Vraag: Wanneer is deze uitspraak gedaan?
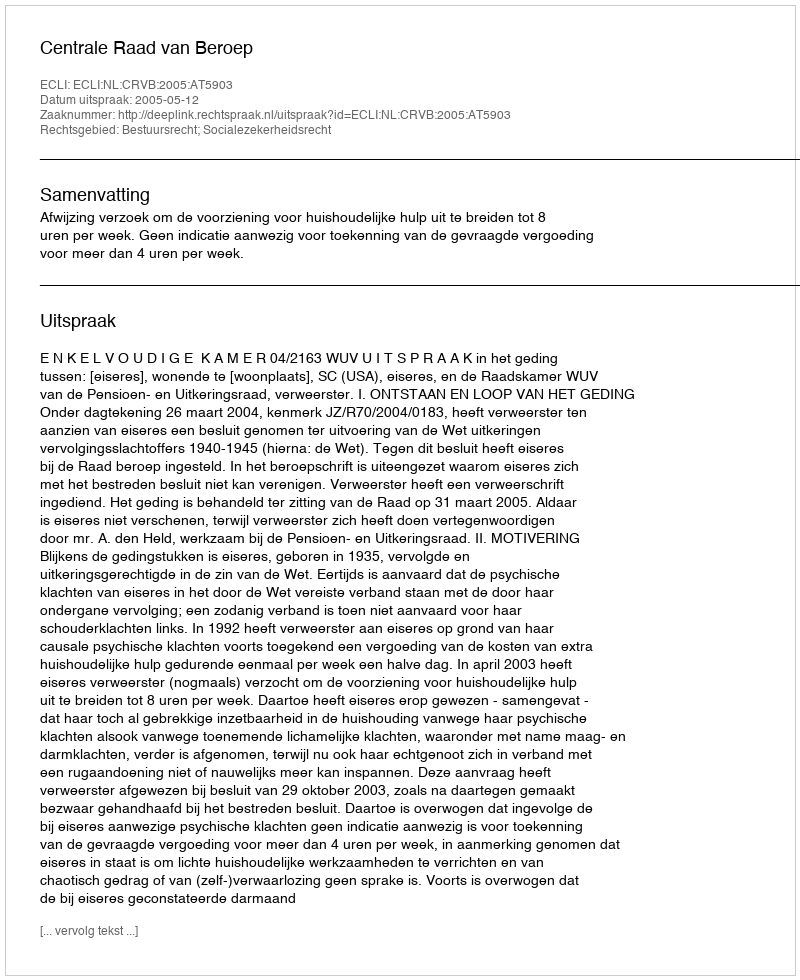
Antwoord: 2005-05-12